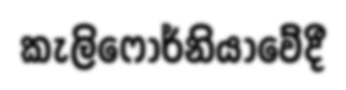
කැලිෆෝර්නියාවේදී